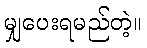
မျှပေးရမည်တဲ့။